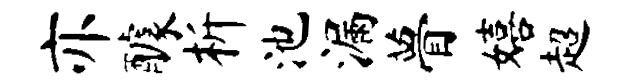
亦醵析池漏瞢嬉超